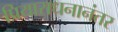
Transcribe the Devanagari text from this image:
प्रियाराधनानंतर